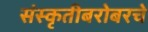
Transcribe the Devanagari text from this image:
संस्कृतीबरोबरचे